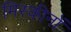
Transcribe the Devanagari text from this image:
मिस्कीनों